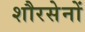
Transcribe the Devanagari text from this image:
शौरसेनों